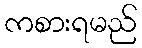
ကစားရမည်